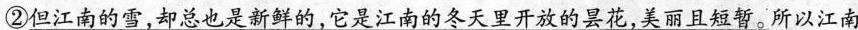
②\underline{但江南的雪，却总也是新鲜的，它是江南的冬天里开放的昙花，美丽且短暂。 } 所以江南